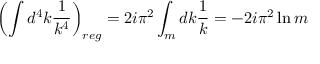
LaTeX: \left( \int d ^ { 4 } k \frac { 1 } { k ^ { 4 } } \right) _ { r e g } = 2 i \pi ^ { 2 } \int _ { m } d k \frac { 1 } { k } = - 2 i \pi ^ { 2 } \ln m